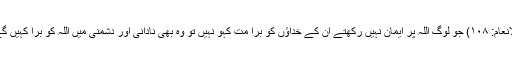
(الأنعام: ۱۰۸) جو لوگ اللہ پر ایمان نہیں رکھتے ان کے خداؤں کو برا مت کہو نہیں تو وہ بھی نادانی اور دشمنی میں اللہ کو برا کہیں گے۔